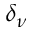
\delta _ { \nu }